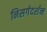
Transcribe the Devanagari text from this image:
निसर्गदर्शन